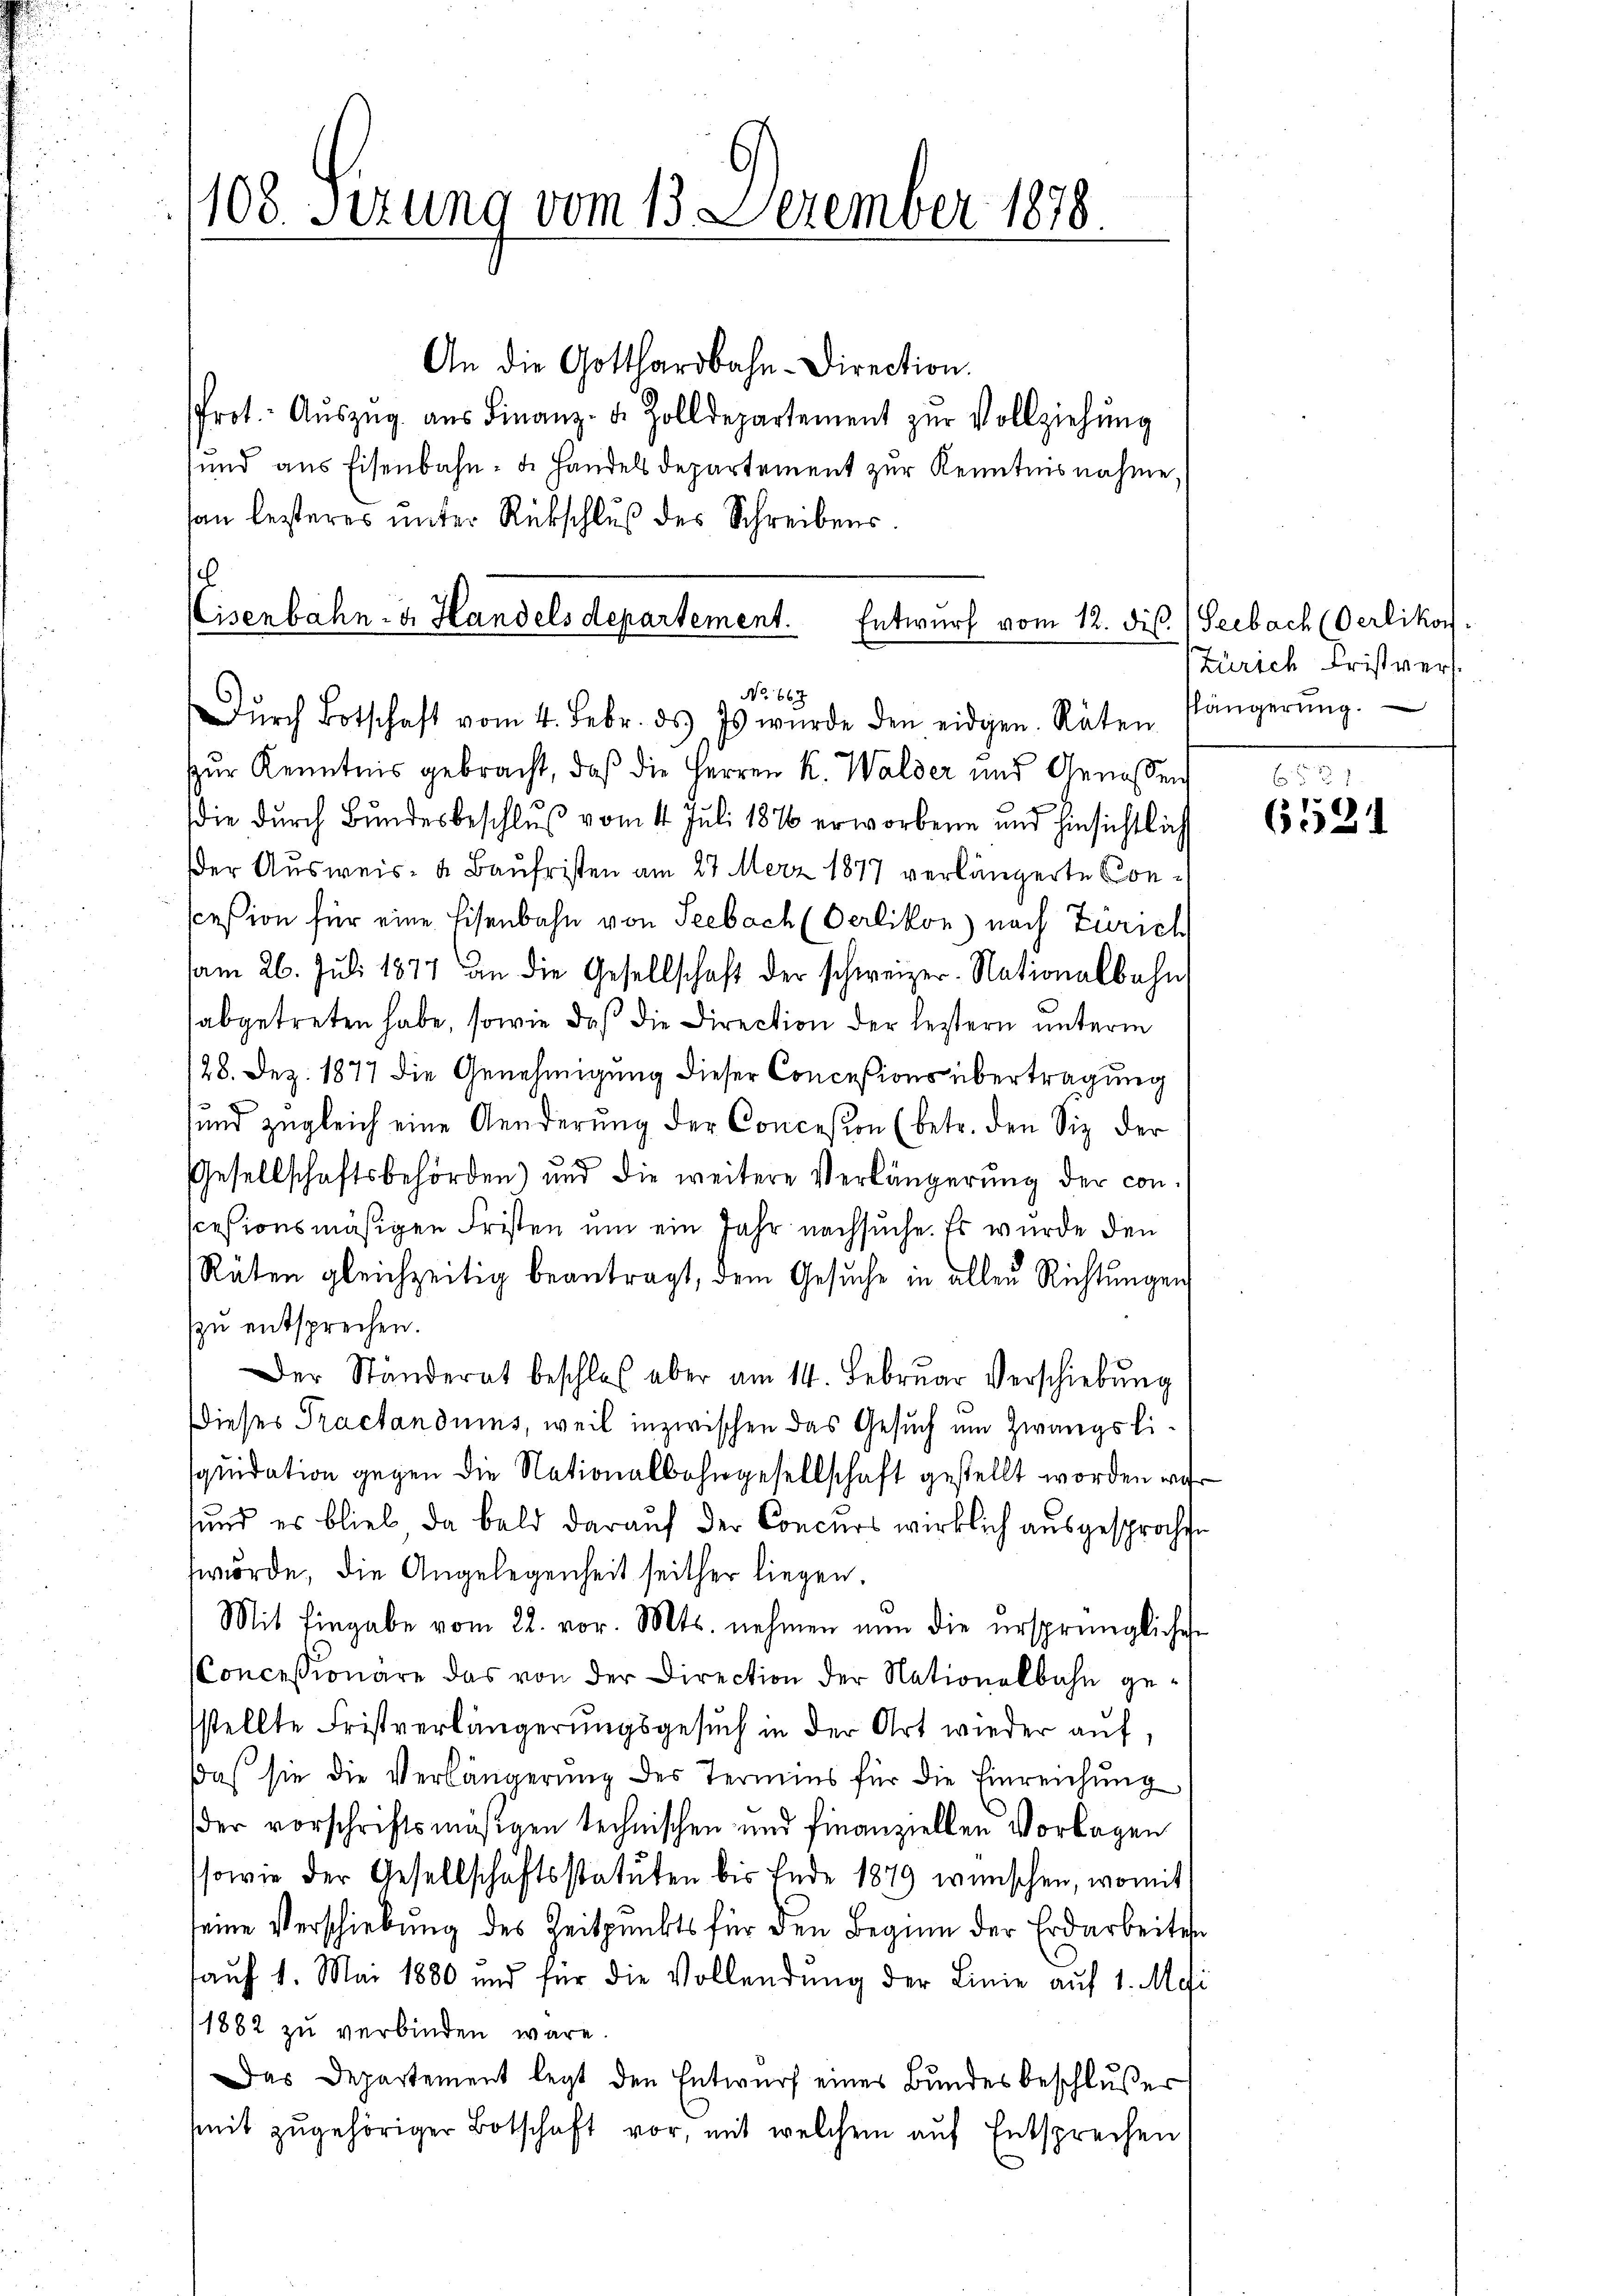
108. Sizung vom 13. Dezember 1878

An die Gotthardbahn-Direction.
Prot. Aŭszŭg aŭs Finanz- u. Zolldepartement zŭr Vollziehŭng
sund aus Eisenbahn- d. Handels departement zur Kenntnisnahme,
an lezteres unter Rückschluß des Schreibens.

s
Eisenbahn- u. Handels departement.
Entwurf vom 12. dis.
No 663
Dŭrch Botschaft vom 4. Febr. ds. Es wurde den eidgen. Räten Plängerŭng.

zur Kenntnis gebracht, daß die Herren K. Walder und Genossen
die durch Bundesbeschluß vom 4. Juli 1876 erworbene und hinsichtlich
der Ausweis- u Baufristen am 27. Merz 1877 verlängerte Consceßion für eine Eisenbahn von Seebach (Oerlikon) nach Zürich
am 26. Juli 1877 an die Gesellschaft der schweizer. Nationalbahn
abgetreten habe, sowie daß die Direction der letztern unterm
128. Dez. 1877 die Genehmigung dieser Concesions übertragung
sund zugleich eine Aenderung der Concesion (betr. den Siz der
Gesellschaftsbehörden) und die weitere Verlängerŭng der con-
scesionsmäßigen Fristen um ein Jahr nachsuche. Es wurde den
Räten gleichzeitig beantragt, dem Gesuche in allen Richtungen
zzu entsprechen.
Der Ständerat beschlos aber am 14. Februar Verschiebung
dieses Tractandums, weil inzwischen das Gesuch um Zwangsliquidation gegen die Nationalbahngesellschaft gestellt worden war
sund es blieb, da bald darauf der Concurs wirklich ausgesproche
wörde, die Angelegenheit seither liegen.
Mit Eingabe vom 22. vor. Mts. nehmen nun die ursprüngliches
CConcessionäre das von der Direction der Nationalbahn gesstellte Fristverlängerungsgesuch in der Art wieder auf,
daß sie die Verlängerung des Termins für die Einreichung
der vorschriftsmäßigen technischen und finanziellen Vorlagen
ssowie der Gesellschaftsstatuten bis Ende 1879 wünschen, womit
seine Verschiebung des Zeitpunkts für den Beginn der Erdarbeiten
auf 1. Mai 1880 und für die Vollendung der Linie auf 1. Mai
1882 zu verbinden wäre.
Das Departement legt den Entwurf eines Bundesbeschlusser
mit zugehöriger Botschaft vor, mit welchem auf Entsprechen

Seebach (Oerlikon.
Zürich Fristvert

657
6531